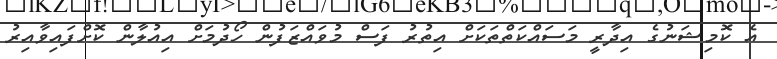
އެ ކޮމިޝަނުގެ އިދާރީ މަސައްކަތްތަކަށް އިތުރު ފަސް މުވައްޒަފުން ހޯދުމަށް އިއުލާން ކޮށްފައިވާއިރު